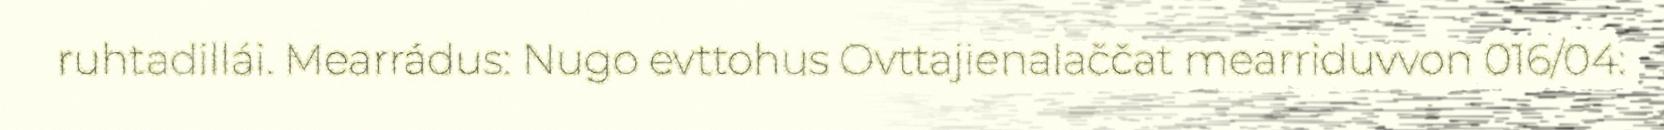
ruhtadillái. Mearrádus: Nugo evttohus Ovttajienalaččat mearriduvvon 016/04: